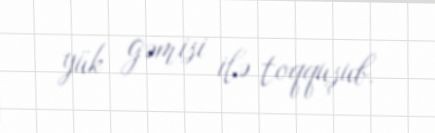
yük gəmisi ilə toqquşub.